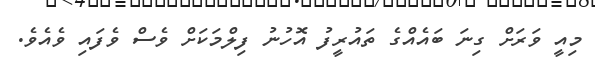
މިއީ ވަރަށް ގިނަ ބައެއްގެ ތައުރީފު އޮހުނު ފިލްމަކަށް ވެސް ވެފައި ވެއެވެ.